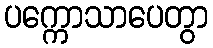
ပက္ကောသာပေတွာ